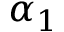
\alpha _ { 1 }